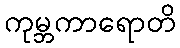
ကုမ္ဘကာရောတိ